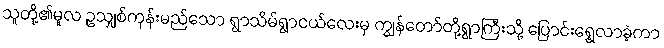
သူတို့၏မူလ ဥသျှစ်ကုန်းမည်သော ရွာသိမ်ရွာငယ်လေးမှ ကျွန်တော်တို့ရွာကြီးသို့ ပြောင်းရွှေ့လာခဲ့ကာ